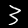
Label: 3